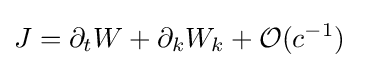
J=\partial _{t}W+\partial _{k}W_{k}+{\mathcal {O}}(c^{-1})~